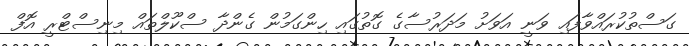
ގަސްތުކުރައްވާފައި ވަނީ އަވަށު މަދަރުސާގެ ގޮތުގައި ހިންގަމުން ގެންދާ ސްކޫލްތައް މިނިސްޓްރީ އޮފް